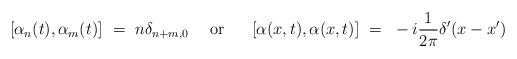
\begin{align*}[\alpha_n (t),\alpha_m (t)]~=~n\delta_{n+m,0}~~~~{\rm or}~~~~~[\alpha(x,t),\alpha(x,t)]~=~-i{1\over 2\pi} \delta'(x-x')\end{align*}